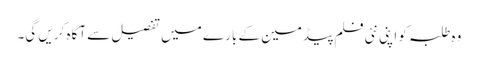
وہ طلبہ کو اپنی نئی فلم پیڈمین کے بارے میں تفصیل سے آگاہ کریں گی۔